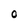
Character: 0